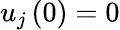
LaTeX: u_{j}\left(0\right)=0